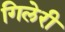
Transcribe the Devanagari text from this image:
गिलेरी